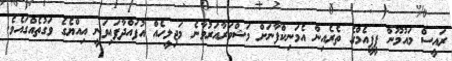
ރައީސް މައުމޫން ޕީޕީއެމްގެ ތެރެއިން އެމަނިކްފާނަށް މަޝްވަރާއަރުވާނެ މަޖިލީހެއް އުފަައްދާފައިވަނީ އިއްޔެގެ ވަގުތެއްގައެވެ.